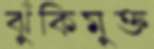
ঝুঁকিমুক্ত